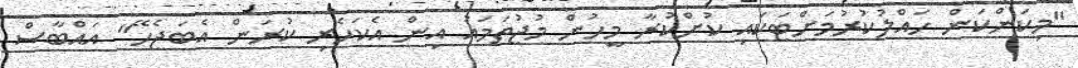
"މިކަންކަން ހައްލުކުރުމަށްޓަކައި ކުށްކުރާ މީހުން މުޖުތަމައު އިން އެކަހެރި ކުރަން އެބަޖެހޭ" އައްބާސް